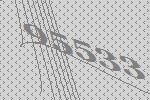
95533